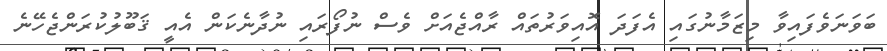
ބަވަނަވެފައިވާ މިޒަމާނުގައި އެފަދަ އޮއިވަރުތައް ރާއްޖެއަށް ވެސް ނުފޯރައި ނުދާނެކަން އެއީ ޤަބޫލުކުރަންޖެހޭނެ